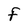
Character: F